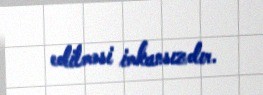
edilməsi imkansızdır.